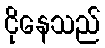
ငိုနေသည်